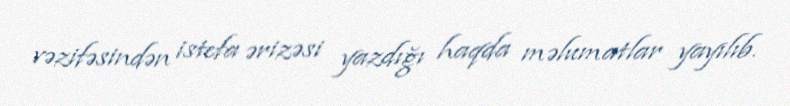
vəzifəsindən istefa ərizəsi yazdığı haqda məlumatlar yayılıb.